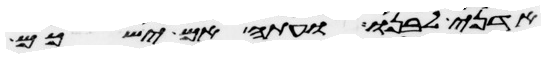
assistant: אדני לבנו ועתה אם ישכם